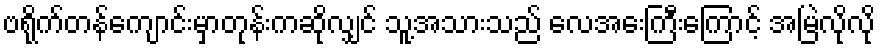
ဗရိုက်တန်ကျောင်းမှာတုန်းကဆိုလျှင် သူ့အသားသည် လေအေးကြီးကြောင့် အမြဲလိုလို